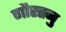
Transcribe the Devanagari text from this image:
गौरतनु